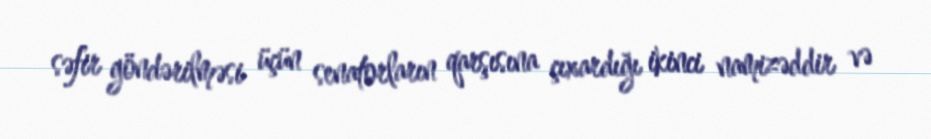
səfir göndərilməsi üçün senatorların qarşısına çıxardığı ikinci namizəddir və